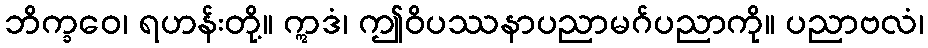
ဘိက္ခဝေ၊ ရဟန်းတို့။ ဣဒံ၊ ဤဝိပဿနာပညာမဂ်ပညာကို။ ပညာဗလံ၊